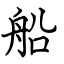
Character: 船